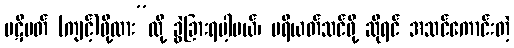
ပဋိပတ် (ကျင့်)ဖို့လား”လို့ ခွဲခြားရပါ့မယ်၊ ပရိယတ်သင်ဖို့ ဆိုရင် အသင်ကောင်းတဲ့